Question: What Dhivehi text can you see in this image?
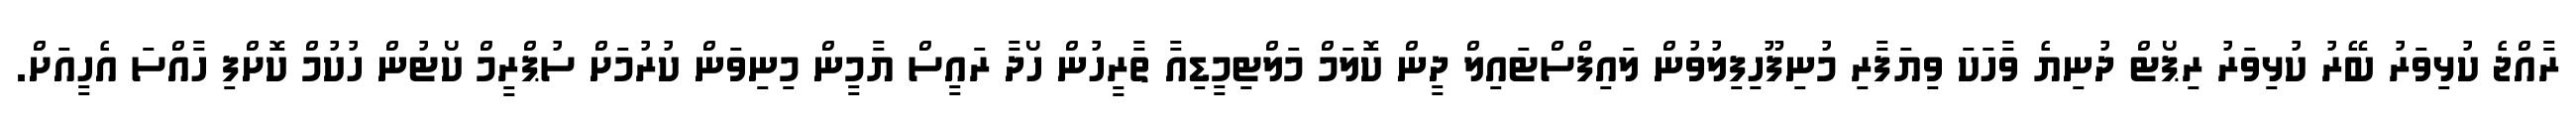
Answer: ރާއްޖެ ކުޅިވަރު ބޭރު ކުޅިވަރު ރިޕޯޓް ދުނިޔެ ވާހަކަ ވިޔަފާރި މުނިފޫހިފިލުވުން ލައިފްސްޓައިލް ދީން ކޮލަމް މަލްޓިމީޑިއާ ތާރީހުން ހޯދާ ރައީސް ޔާމީން މިނިވަން ކުރުމަށް ސުޕްރީމް ކޯޓުން ހުކުމް ކޮށްފި ހާއްސަ އެހީއަށް.